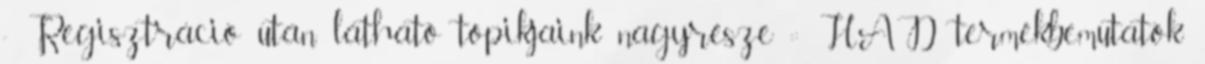
- Regisztráció után látható topikjaink nagyrésze :: HAD termékbemutatók